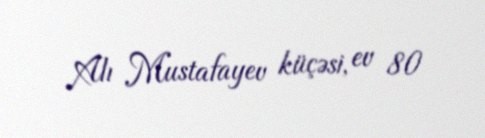
Alı Mustafayev küçəsi, ev 80